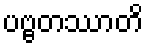
ပဗ္ဗတဿာတိ